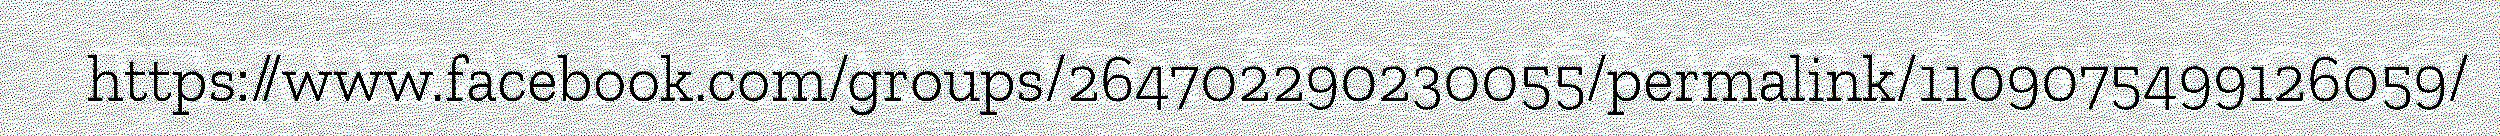
https://www.facebook.com/groups/264702290230055/permalink/1109075499126059/